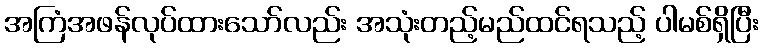
အကြံအဖန်လုပ်ထားသော်လည်း အသုံးတည့်မည်ထင်ရသည့် ပါမစ်ရှိပြီး